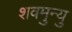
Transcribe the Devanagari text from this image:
शवमुन्यु